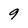
Character: 9